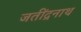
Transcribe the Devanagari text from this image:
जतींद्रनाथ